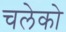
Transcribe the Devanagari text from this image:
चलेको